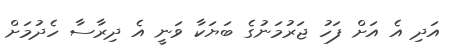
އަދި އެ އަށް ފަހު ޖަރުމަނުގެ ބަޔަކާ ވަނީ އެ ދިރާސާ ހެދުމަށް